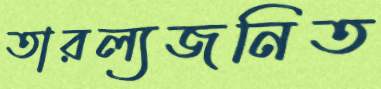
তারল্যজনিত